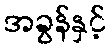
အခွန်နှင့်